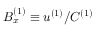
B _ { x } ^ { ( 1 ) } \equiv u ^ { ( 1 ) } / C ^ { ( 1 ) }